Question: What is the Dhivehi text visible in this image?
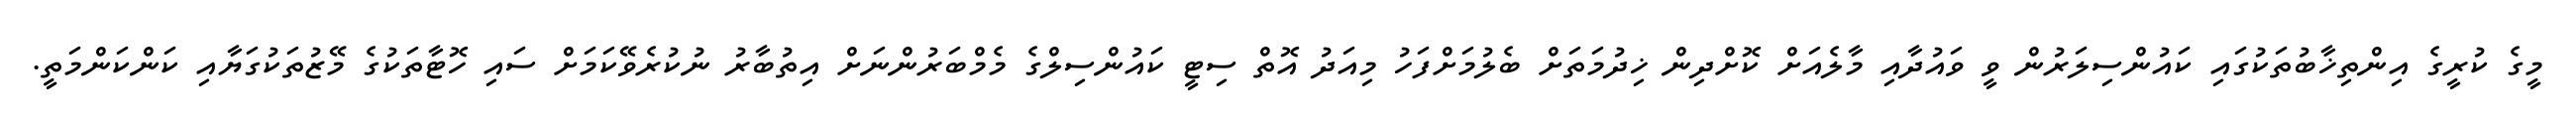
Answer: މީގެ ކުރީގެ އިންތިޚާބުތަކުގައި ކައުންސިލަރުން ވީ ވައުދާއި މާލެއަށް ކޮށްދިން ޚިދުމަތަށް ބެލުމަށްފަހު މިއަދު އޮތް ސިޓީ ކައުންސިލްގެ މެމްބަރުންނަށް އިތުބާރު ނުކުރެވޭކަމަށް ސައި ހޮޓާތަކުގެ މޭޒުތަކުގަޔާއި ކަންކަންމަތީ.